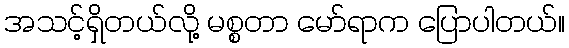
အသင့်ရှိတယ်လို့ မစ္စတာ မော်ရာက ပြောပါတယ်။